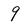
Character: 9